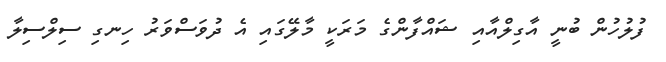
ފުލުހުން ބުނީ އާގިލްއާއި ޝައްފާންގެ މަރަކީ މާލޭގައި އެ ދުވަސްވަރު ހިނގި ސިލްސިލާ